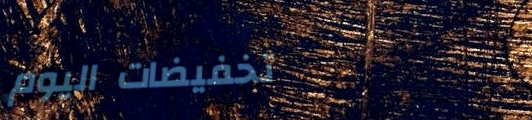
تخفيضات اليوم